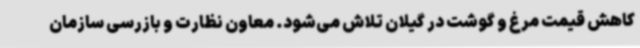
کاهش قیمت مرغ و گوشت در گیلان تلاش می‌شود. معاون نظارت و بازرسی سازمان